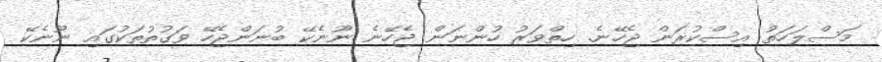
މަސްލަހަތު އިސްކުރަން ޖެހޭނެ. ހިތްވަރު ހުންނަން ޖެހޭނެ ނޫނެކޭ ބުނަންޖެހޭ ވަގުތުތަކުގައި ނޫނެކޭ